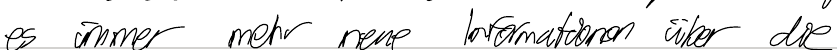
es immer mehr neue Informationen über die